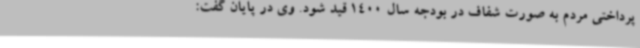
پرداختی مردم به صورت شفاف در بودجه سال 1400 قید شود. وی در پایان گفت: